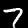
Label: 7